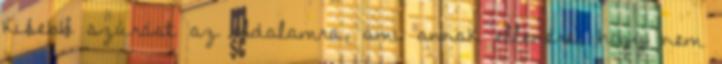
kisebb szúrást az oldalamra, ami annak ellenére, hogy nem